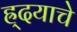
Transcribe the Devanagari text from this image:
ह्र्दयाचे